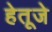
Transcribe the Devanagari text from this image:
हेतूजे